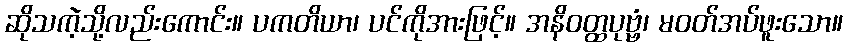
ဆိုသကဲ့သို့လည်းကောင်း။ ပကတိယာ၊ ပင်ကိုအားဖြင့်။ အနိဝတ္ထပုဗ္ဗံ၊ မဝတ်အပ်ဖူးသော။